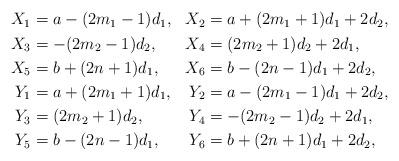
LaTeX: \begin{align*}\begin{aligned}X_1&=a-(2m_1-1)d_1,&X_2&= a+(2m_1+1)d_1+2d_2, \\X_3&=-(2m_2-1)d_2,&X_4&= (2m_2+1)d_2+2d_1,\\X_5&= b+(2n+1)d_1,&X_6&= b-(2n-1)d_1+2d_2,\\Y_1&=a+(2m_1+1)d_1,&Y_2&= a-(2m_1-1)d_1+2d_2,\\Y_3&= (2m_2+1)d_2,&Y_4&= -(2m_2-1)d_2+2d_1,\\Y_5& =b-(2n-1)d_1, &Y_6&=b+(2n+1)d_1+2d_2,\end{aligned}\end{align*}